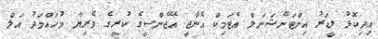
އިދިކޮޅު ލީޑަރު އިންޓަނޭޝަނަލް އެޓަމިކް އެނާޖީ އޭޖެންސީގެ ކުރީގެ ވެރިޔާ މުހައްމަދު އަލް